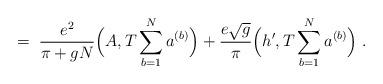
LaTeX: \begin{align*}= \; \frac{e^2}{\pi + gN} \Big( A, T \sum_{b=1}^N a^{(b)} \Big)+ \frac{e \sqrt{g}}{\pi} \Big( h^\prime , T \sum_{b=1}^N a^{(b)} \Big) \; .\end{align*}